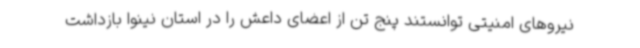
نیروهای امنیتی توانستند پنج تن از اعضای داعش را در استان نینوا بازداشت